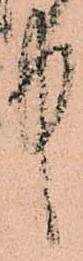
中